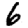
Digit: 6